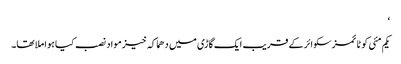
‘
یکم مئی کو ٹائمزسکوائر کے قریب ایک گاڑی میں دھماکہ خیز مواد نصب کیا ہوا ملا تھا۔